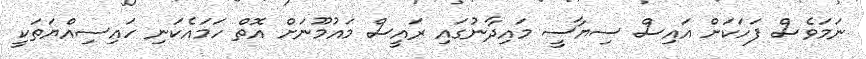
ނަމަވެސް ފަހަކަށް އައިސް ސިޔާސީ މައިދާނުގައި ރައީސް މައުމޫނަށް އޮތް ހަމައެކަނި ހައިސިއްޔަތަކީ